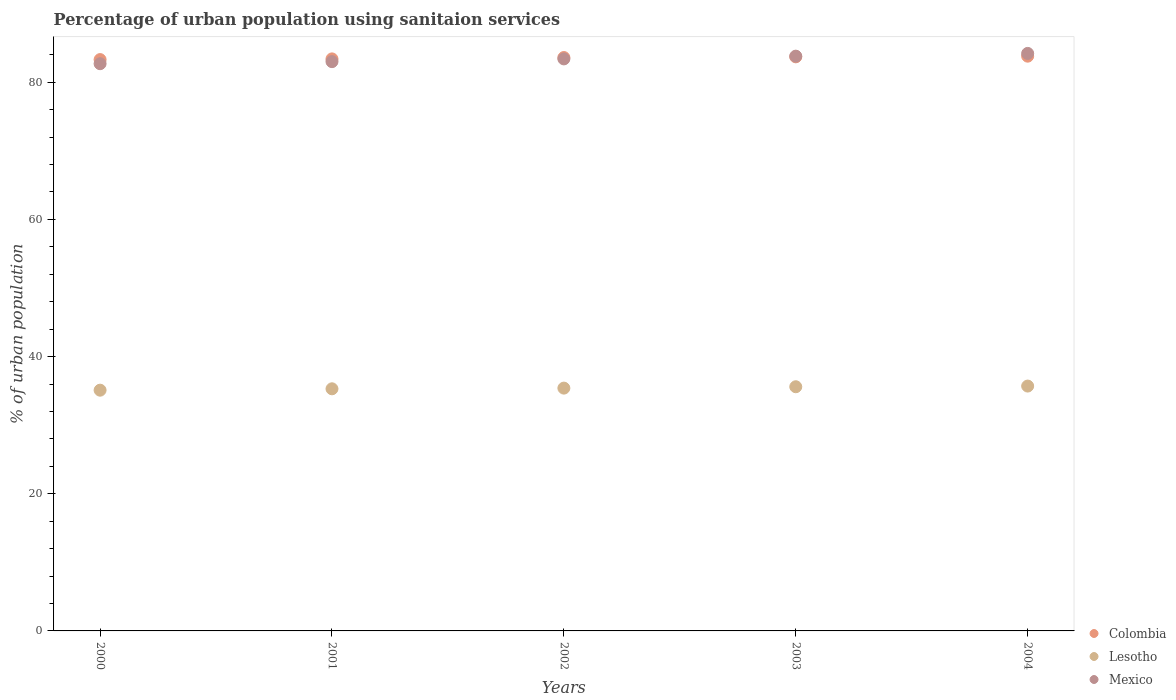
| Years | Colombia | Lesotho | Mexico |
 | --- | --- | --- | --- |
 | 2000 | 83.3 | 35.1 | 82.7 |
 | 2001 | 83.4 | 35.3 | 83 |
 | 2002 | 83.6 | 35.4 | 83.4 |
 | 2003 | 83.7 | 35.6 | 83.8 |
 | 2004 | 83.8 | 35.7 | 84.2 |